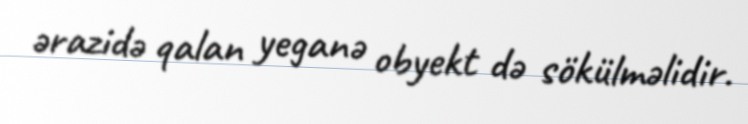
ərazidə qalan yeganə obyekt də sökülməlidir.